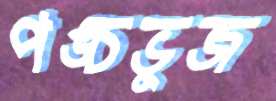
পঙ্চভুজ